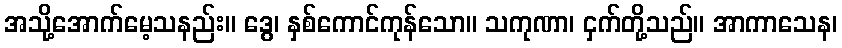
အသို့အောက်မေ့သနည်း။ ဒွေ၊ နှစ်ကောင်ကုန်သော။ သကုဏာ၊ ငှက်တို့သည်။ အာကာသေန၊